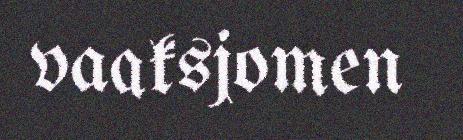
vaaksjomen